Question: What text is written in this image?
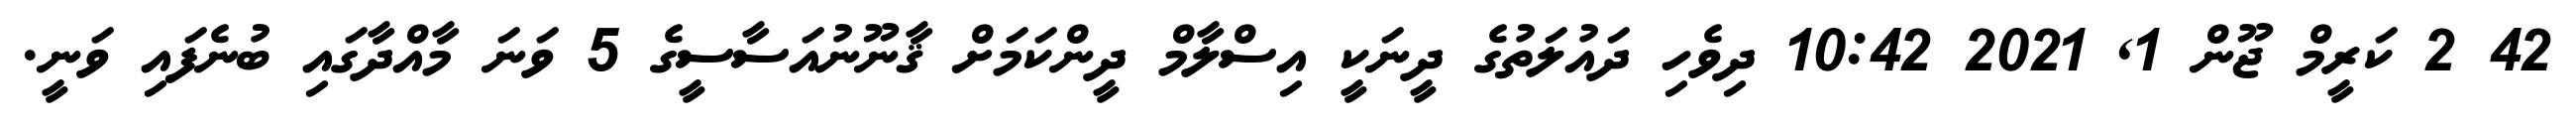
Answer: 42 2 ކަރީމް ޖޫން 1, 2021 10:42 ދިވެހި ދައުލަތުގެ ދީނަކީ އިސްލާމް ދީންކަމަށް ޤާނޫނުއަސާސީގެ 5 ވަނަ މާއްދާގައި ބުނެފައި ވަނީ.